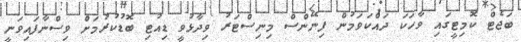
ބަޖެޓް ކޮމިޓީގައި ވާހަކަ ދައްކަވަމުން ފިނޭންސް މިނިސްޓަރު ވިދާޅުވީ ޑިއުޓި ބޮޑުކުރުމަށް ވިސްނާފައިވަނީ